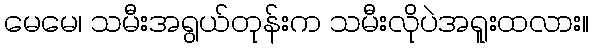
မေမေ၊ သမီးအရွယ်တုန်းက သမီးလိုပဲအရူးထလား။